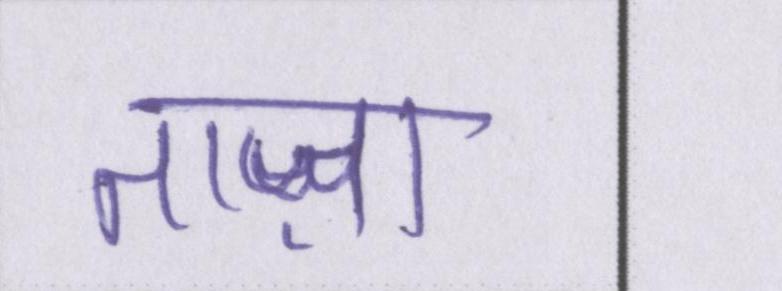
ताज़ा